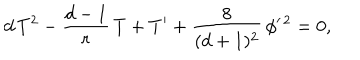
d \, T ^ { 2 } - { \frac { d - 1 } { r } } \, T + T ^ { \prime } + { \frac { 8 } { ( d + 1 ) ^ { 2 } } } \, \phi ^ { \prime \, 2 } = 0 ,